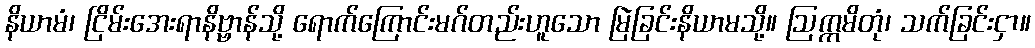
နိယာမံ၊ ငြိမ်းအေးရာနိဗ္ဗာန်သို့ ရောက်ကြောင်းမဂ်တည်းဟူသော မြဲခြင်းနိယာမသို့။ ဩက္ကမိတုံ၊ သက်ခြင်းငှာ။